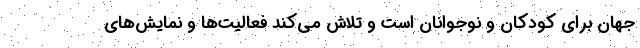
جهان برای کودکان و نوجوانان است و تلاش می‌کند فعالیت‌ها و نمایش‌های